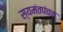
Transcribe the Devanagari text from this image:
स्यमंतपंचक